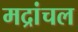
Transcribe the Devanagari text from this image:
मद्रांचल